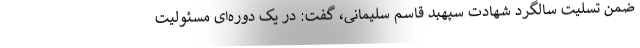
ضمن تسلیت سالگرد شهادت سپهبد قاسم سلیمانی، گفت: در یک دوره‌ای مسئولیت